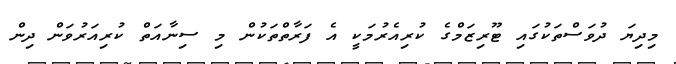
މިދިޔަ ދުވަސްތަކުގައި ޓޫރިޒަމްގެ ކުރިއެރުމަކީ އެ ފަރާތްތަކުން މި ސިނާއަތް ކުރިއަރުވަން ދިން